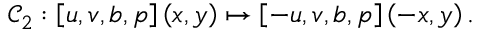
\mathcal { C } _ { 2 } : \left[ u , v , b , p \right] \left( x , y \right) \mapsto \left[ - u , v , b , p \right] \left( - x , y \right) .